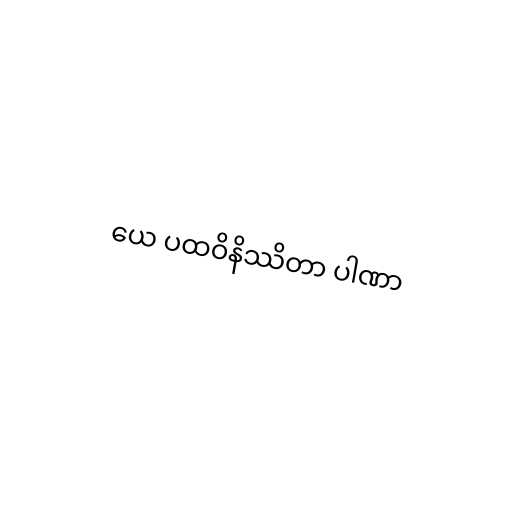
ယေ ပထဝိနိဿိတာ ပါဏာ